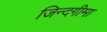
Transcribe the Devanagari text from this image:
जिन्दगीमा